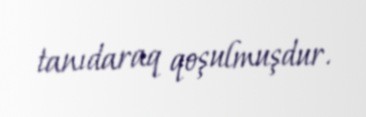
tanıdaraq qoşulmuşdur.